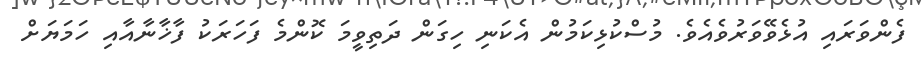
ފެންވަރައި އުޅެވޭވަރުވެއެވެ. މުސްކުޅިކަމުން އެކަނި ހިގަން ދަތިވީމަ ކޮންމެ ފަހަރަކު ފާޚާނާއާއި ހަމަޔަށް